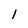
Character: 1